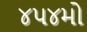
૪૫૪મો